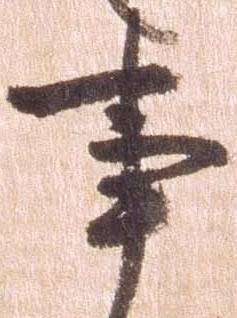
事